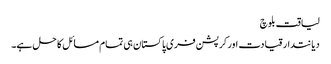
لیاقت بلوچ
دیانتدار قیادت اور کرپشن فری پاکستان ہی تمام مسائل کا حل ہے۔